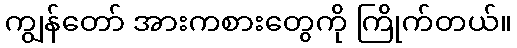
ကျွန်တော် အားကစားတွေကို ကြိုက်တယ်။